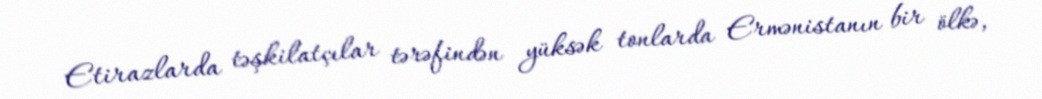
Etirazlarda təşkilatçılar tərəfindən yüksək tonlarda Ermənistanın bir ölkə,